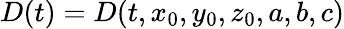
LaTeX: D(t)=D(t,x_{0},y_{0},z_{0},a,b,c)